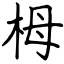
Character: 栂